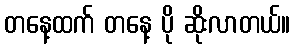
တနေ့ထက် တနေ့ ပို ဆိုးလာတယ်။